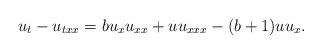
LaTeX: \begin{align*}u_t-u_{txx}=bu_xu_{xx}+uu_{xxx}-(b+1)uu_x.\end{align*}